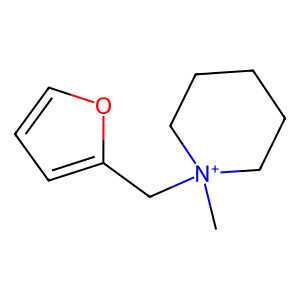
SMILES: C[N+]1(Cc2ccco2)CCCCC1
Inhibits HIV replication: No